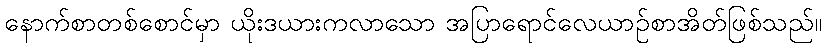
နောက်စာတစ်စောင်မှာ ယိုးဒယားကလာသော အပြာရောင်လေယာဉ်စာအိတ်ဖြစ်သည်။